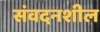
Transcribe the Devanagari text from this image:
संवदनशील